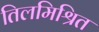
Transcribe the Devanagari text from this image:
तिलमिश्रित